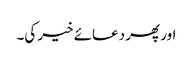
اور پھر دعائے خیر کی۔